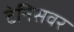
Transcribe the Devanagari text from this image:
टेनिसवर